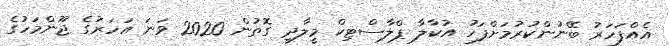
އެއްފަހަރު ބޭނުންކުރުމަށްފަހު އުކާލާ ޕްލާސްޓިކް މީލާދީ ގޮތުން 2020 ވަނަ އަހަރުގެ ޖޫންމަހުގެ